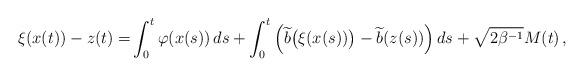
LaTeX: \begin{align*} \xi(x(t)) - z(t) =& \int_0^t \varphi(x(s))\,ds + \int_0^t \Big(\widetilde{b}\big(\xi(x(s))\big) - \widetilde{b}(z(s))\Big)\,ds + \sqrt{2\beta^{-1}} M(t)\,, \end{align*}